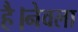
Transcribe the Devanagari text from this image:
है।नेवला